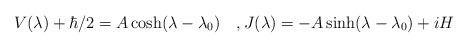
\begin{align*} V(\lambda)+\hbar/2=A \cosh(\lambda-\lambda_0)\quad, J(\lambda)=-A\sinh(\lambda-\lambda_0)+iH\end{align*}